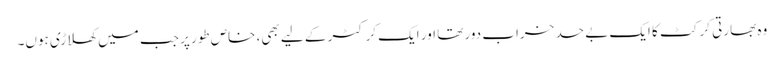
وہ بھارتی کرکٹ کا ایک بے حد خراب دور تھا اور ایک کرکٹر کے لیے بھی، خاص طور پر جب میں کھلاڑی ہوں۔